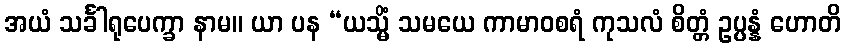
အယံ သင်္ခါရုပေက္ခာ နာမ။ ယာ ပန “ယသ္မိံ သမယေ ကာမာဝစရံ ကုသလံ စိတ္တံ ဥပ္ပန္နံ ဟောတိ